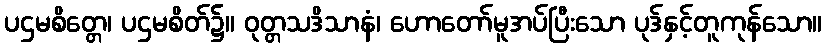
ပဌမစိတ္တေ၊ ပဌမစိတ်၌။ ဝုတ္တသဒိသာနံ၊ ဟောတော်မူအပ်ပြီးသော ပုဒ်နှင့်တူကုန်သော။